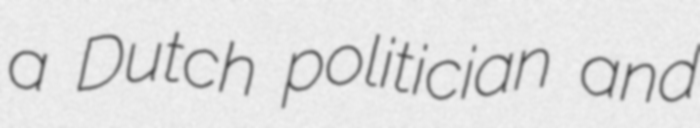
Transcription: a Dutch politician and